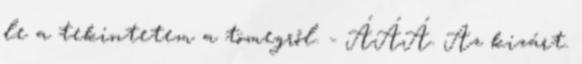
le a tekintetem a tömegről. - ÁÁÁ. Az kizárt.